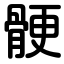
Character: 骾